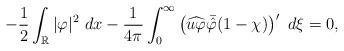
LaTeX: \begin{align*}-\frac{1}{2}\int_{\mathbb{R}}|\varphi|^2~dx - \frac{1}{4\pi}\int_0^{\infty} \left(\widehat{u\varphi}\bar{\hat\varphi}(1-\chi)\right)'~d\xi=0,\end{align*}